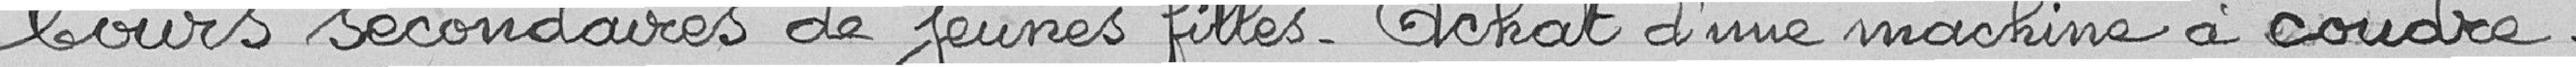
Cours secondaires de jeunes filles - Achat d'une machine à coudre